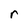
Character: r